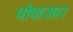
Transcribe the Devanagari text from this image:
पीपासार